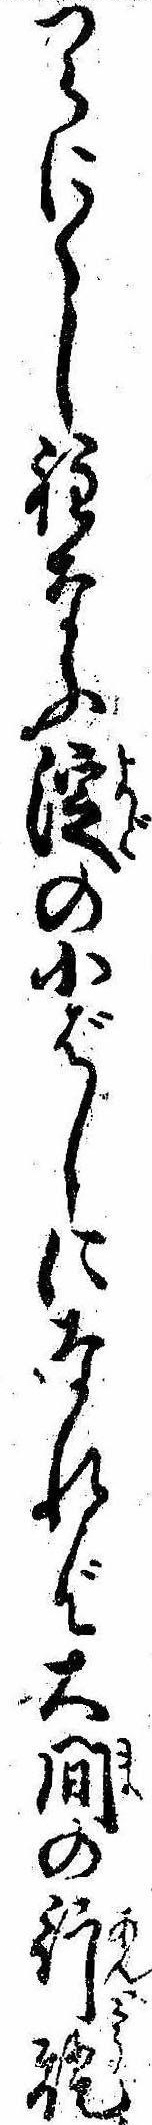
つらにくし程なふ淀の小ばしになれば大間の行灯